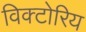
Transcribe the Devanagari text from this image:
विक्टोरिय